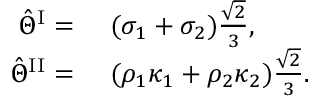
\begin{array} { r l } { \hat { \Theta } ^ { \mathrm { I } } = } & { { } ~ ( \sigma _ { 1 } + \sigma _ { 2 } ) \frac { \sqrt { 2 } } { 3 } , } \\ { \hat { \Theta } ^ { \mathrm { I I } } = } & { { } ~ ( \rho _ { 1 } \kappa _ { 1 } + \rho _ { 2 } \kappa _ { 2 } ) \frac { \sqrt { 2 } } { 3 } . } \end{array}